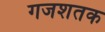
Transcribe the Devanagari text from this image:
गजशतक